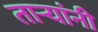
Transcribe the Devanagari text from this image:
तार्‍यांनी